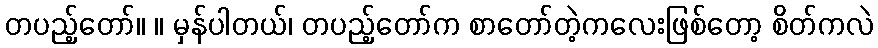
တပည့်တော်။ ။ မှန်ပါတယ်၊ တပည့်တော်က စာတော်တဲ့ကလေးဖြစ်တော့ စိတ်ကလဲ